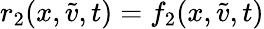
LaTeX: r_{2}(x,\tilde{v},t)=f_{2}(x,\tilde{v},t)